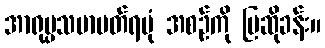
အာရုပ္ပသမာပတ်ရပုံ အစဉ်ကို ပြဆိုခန်း။